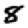
Digit: 8